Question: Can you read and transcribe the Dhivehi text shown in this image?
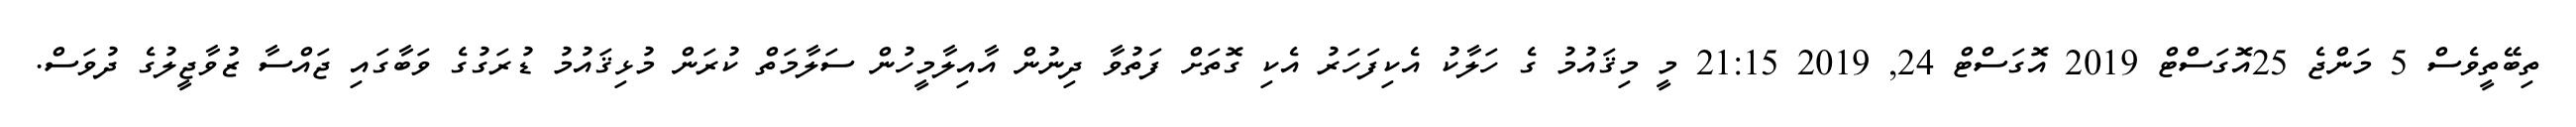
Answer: ތިބޭތީވެސް 5 މަންޖެ 25އޮގަސްޓް 2019 އޮގަސްޓް 24, 2019 21:15 މީ މިޤައުމު ގެ ހަލާކު އެކިފަހަރު އެކި ގޮތަށް ފަތުވާ ދިނުން އާއިލާމީހުން ސަލާމަތް ކުރަން މުޅިޤައުމު ޑުރަގުގެ ވަބާގައި ޖައްސާ ޒުވާޖީލުގެ ދުވަސް.